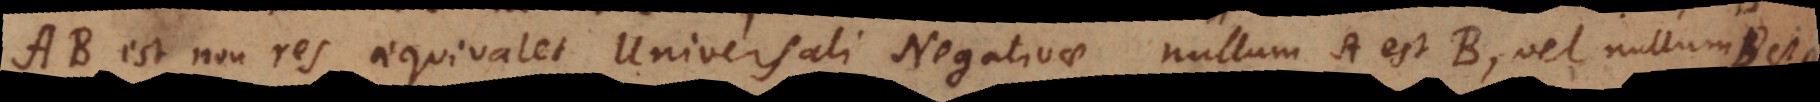
AB est non res aequivalet Universali Negativae: Nullum A est B, vel Nullum B est